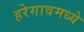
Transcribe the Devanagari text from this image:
हरेगावमध्ये